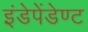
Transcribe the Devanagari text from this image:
इंडेपेंडेण्ट